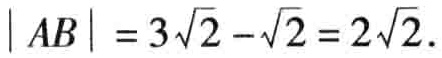
\(\vert AB\vert = 3\sqrt{2}-\sqrt{2}=2\sqrt{2}\)